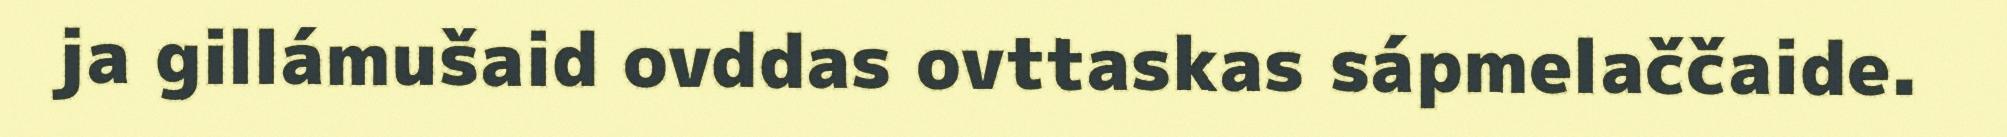
ja gillámušaid ovddas ovttaskas sápmelaččaide.